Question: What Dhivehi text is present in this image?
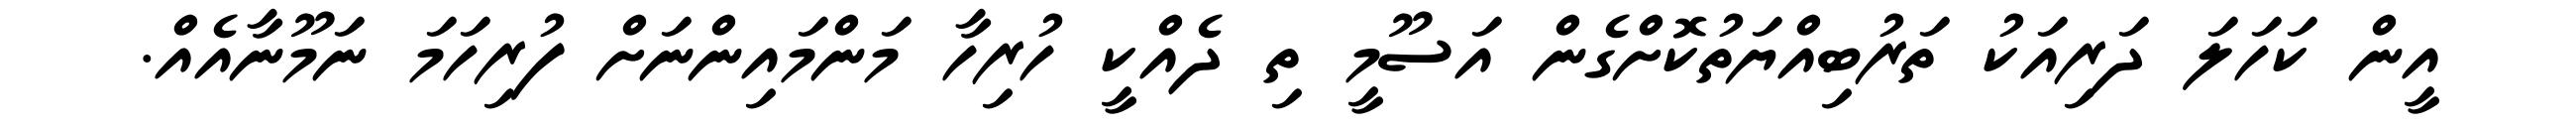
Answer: އީން ކަހަލަ ދަރިއަކު ތަރުބިއްޔަތުކޮށްގެން އަސޫމީ ތި ދެއްކީ ހުރިހާ މަންމައިންނަށް ފުރިހަމަ ނަމޫނާއެއް.